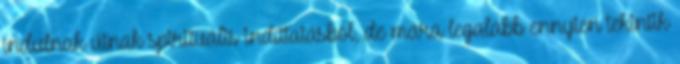
indulnak útnak spirituális indíttatásból, de mára legalább ennyien tekintik